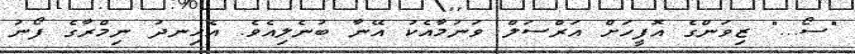
"ސޯ..." ޒިވަންގެ އޮފީހަށް އަރްސަލް ވަނުމާއެކު އޭނާ ބުނެލިއެވެ. އެހިނދު ނިމްރާގެ ފޯނު